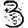
Digit: 3